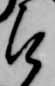
被